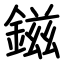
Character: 鎡